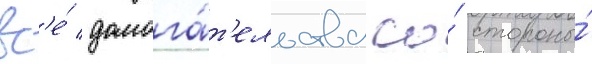
вс'е́ домога́т'ельства со́ стороны́